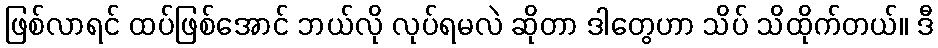
ဖြစ်လာရင် ထပ်ဖြစ်အောင် ဘယ်လို လုပ်ရမလဲ ဆိုတာ ဒါတွေဟာ သိပ် သိထိုက်တယ်။ ဒီ